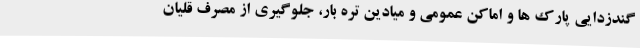
گندزدایی پارک ها و اماکن عمومی و میادین تره بار، جلوگیری از مصرف قلیان